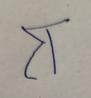
Signature authenticity: forged